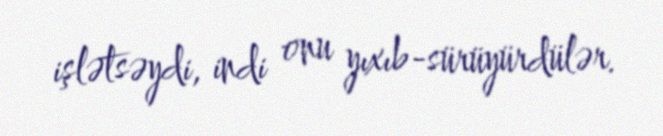
işlətsəydi, indi onu yıxıb-sürüyürdülər.